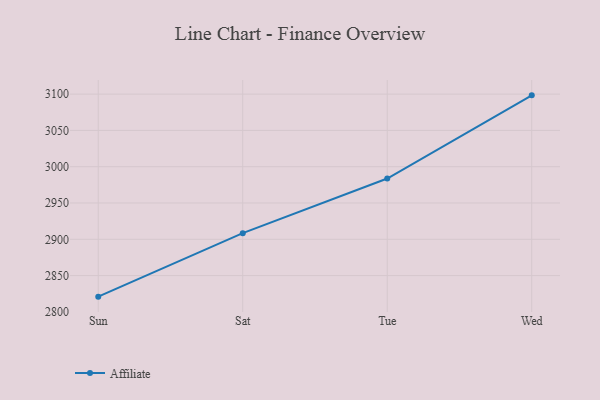
{"axis": {"x": "Day", "y": "Tickets Resolved"}, "legend": ["Affiliate"], "data": [{"x": "Sun", "y": 2821.0, "type": "Affiliate"}, {"x": "Sat", "y": 2908.5, "type": "Affiliate"}, {"x": "Tue", "y": 2983.7, "type": "Affiliate"}, {"x": "Wed", "y": 3098.3, "type": "Affiliate"}]}